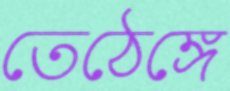
তেঠেঙ্গে